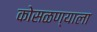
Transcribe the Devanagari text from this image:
कोसळण्याला